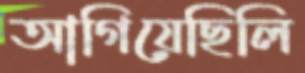
আগিয়েছিলি